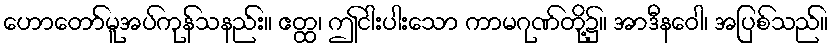
ဟောတော်မူအပ်ကုန်သနည်း။ ဧတ္ထ၊ ဤငါးပါးသော ကာမဂုဏ်တို့၌။ အာဒီနဝေါ၊ အပြစ်သည်။